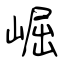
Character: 崛